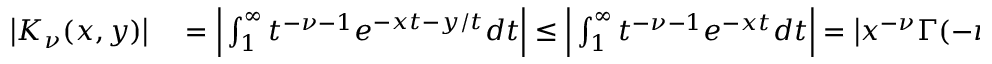
\begin{array} { r l } { \big | K _ { \nu } ( x , y ) \big | } & { { } = \Big | \int _ { 1 } ^ { \infty } t ^ { - \nu - 1 } e ^ { - x t - y / t } d t \Big | \le \Big | \int _ { 1 } ^ { \infty } t ^ { - \nu - 1 } e ^ { - x t } d t \Big | = \big | x ^ { - \nu } \Gamma ( - \nu , x ) \big | , } \end{array}